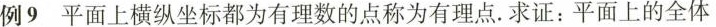
例9平面上横纵坐标都为有理数的点称为有理点。求证：平面上的全体